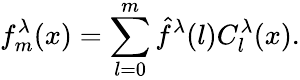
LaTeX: f_{m}^{\lambda}(x)=\sum_{l=0}^{m}\hat{f}^{\lambda}(l)C_{l}^{\lambda}(x).